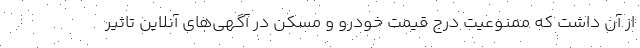
از آن داشت که ممنوعیت درج قیمت خودرو و مسکن در آگهی‌های آنلاین تاثیر